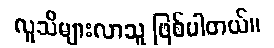
လူသိများလာသူ ဖြစ်ပါတယ်။